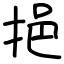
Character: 挹